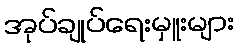
အုပ်ချုပ်ရေးမှူးများ